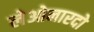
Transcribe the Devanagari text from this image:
लेओनारदो